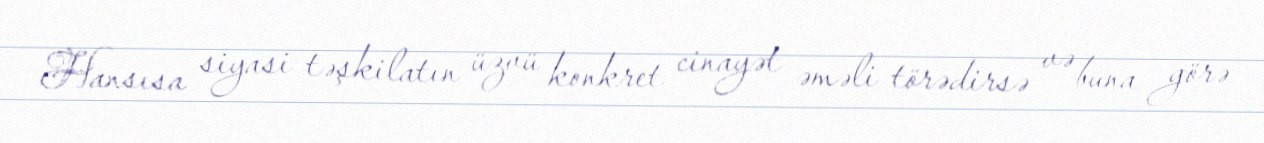
Hansısa siyasi təşkilatın üzvü konkret cinayət əməli törədirsə və buna görə